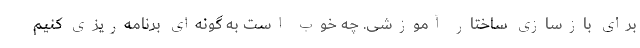
برای بازسازی ساختار آموزشی. چه خوب است به گونه‌ای برنامه‌ریزی کنیم